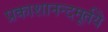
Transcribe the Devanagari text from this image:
प्रकाशानन्दमूर्तये